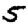
Digit: 5